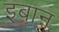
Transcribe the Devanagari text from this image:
इबान